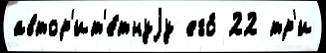
автор'ит'е́тнуjу его́ 22 тр'и